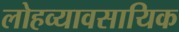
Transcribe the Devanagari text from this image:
लोहव्यावसायिक